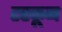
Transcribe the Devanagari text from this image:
टरकून